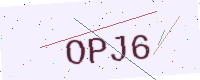
Text: OPJ6